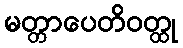
မတ္တာပေတိဝတ္ထု